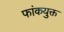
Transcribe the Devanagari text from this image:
फांकयुक्त